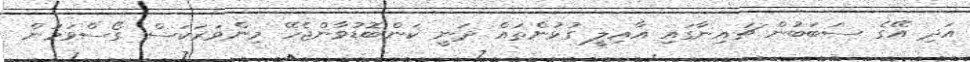
އަދި އޭގެ ސަބަބުން ޗައިނާގައި އާއިލީ ގުޅުންތައް ދަނީ ކަންބޮޑުވާންޖެހޭ މިންވަރަކަސް ގޯސްވަމުން